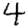
Digit: 4